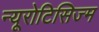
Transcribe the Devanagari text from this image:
न्यूरोटिसिज्म